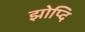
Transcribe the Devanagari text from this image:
झोप्दि